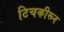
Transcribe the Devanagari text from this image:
टिचकीरून